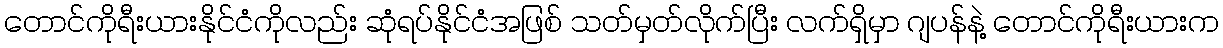
တောင်ကိုရီးယားနိုင်ငံကိုလည်း ဆုံရပ်နိုင်ငံအဖြစ် သတ်မှတ်လိုက်ပြီး လက်ရှိမှာ ဂျပန်နဲ့ တောင်ကိုရီးယားက